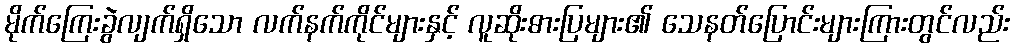
မိုက်ကြေးခွဲလျက်ရှိသော လက်နက်ကိုင်များနှင့် လူဆိုးဓားပြများ၏ သေနတ်ပြောင်းများကြားတွင်လည်း